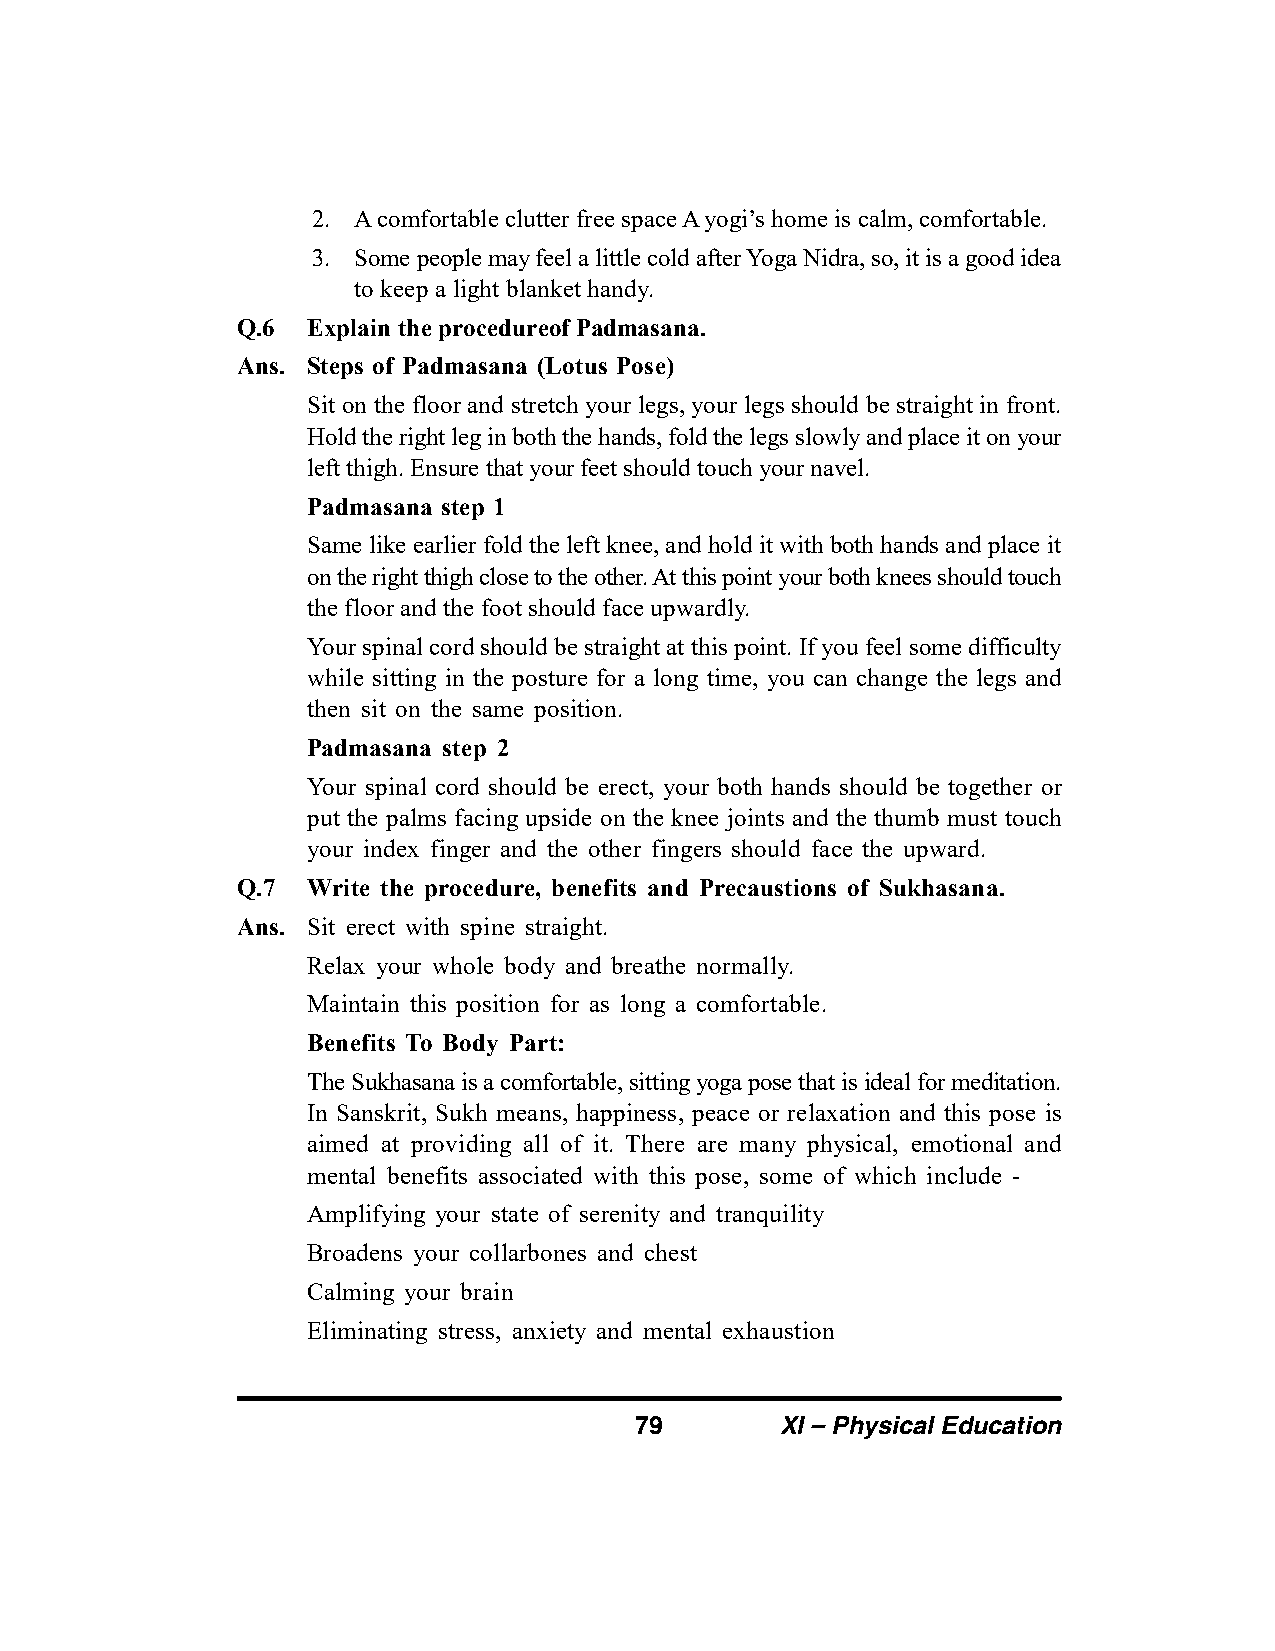
2. A comfortable clutter free space A yogi’s home is calm, comfortable.
 3. Some people may feel a little cold after Yoga Nidra, so, it is a good idea
 to keep a light blanket handy.
 Q.6 Explain the procedureof Padmasana.
 Ans. Steps of Padmasana (Lotus Pose)
 Sit on the floor and stretch your legs, your legs should be straight in front.
 Hold the right leg in both the hands, fold the legs slowly and place it on your
 left thigh. Ensure that your feet should touch your navel.
 Padmasana step 1
 Same like earlier fold the left knee, and hold it with both hands and place it
 on the right thigh close to the other. At this point your both knees should touch
 the floor and the foot should face upwardly.
 Your spinal cord should be straight at this point. If you feel some difficulty
 while sitting in the posture for a long time, you can change the legs and
 then sit on the same position.
 Padmasana step 2
 Your spinal cord should be erect, your both hands should be together or
 put the palms facing upside on the knee joints and the thumb must touch
 your index finger and the other fingers should face the upward.
 Q.7 Write the procedure, benefits and Precaustions of Sukhasana.
 Ans. Sit erect with spine straight.
 Relax your whole body and breathe normally.
 Maintain this position for as long a comfortable.
 Benefits To Body Part:
 The Sukhasana is a comfortable, sitting yoga pose that is ideal for meditation.
 In Sanskrit, Sukh means, happiness, peace or relaxation and this pose is
 aimed at providing all of it. There are many physical, emotional and
 mental benefits associated with this pose, some of which include -
 Amplifying your state of serenity and tranquility
 Broadens your collarbones and chest
 Calming your brain
 Eliminating stress, anxiety and mental exhaustion
 79        XI – Physical Education